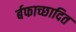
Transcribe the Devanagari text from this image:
र्बफाच्छादित